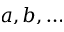
a , b , \ldots